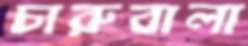
চারুবালা